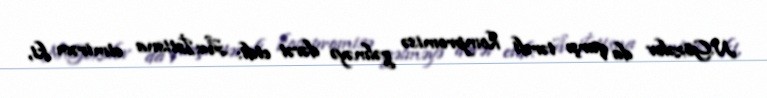
N.Gözəlov da qarşı tərəfi kompromisə gəlməyə dəvət etdi: Â«İstisna etmirəm ki,